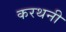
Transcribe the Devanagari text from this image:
करथनी